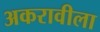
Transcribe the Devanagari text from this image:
अकरावीला